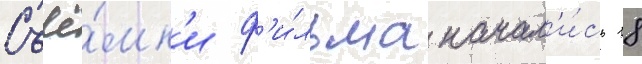
Съё́мк'и ф'и́льма начал'и́сь 18